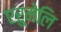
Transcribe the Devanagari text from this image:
एरुमेलि